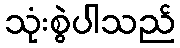
သုံးစွဲပါသည်